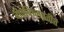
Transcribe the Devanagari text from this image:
वीतविघ्नप्रतीत